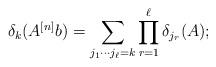
LaTeX: \begin{align*} \delta_k(A^{[n]}b) = \sum_{j_1\cdots j_\ell=k} \prod_{r=1}^\ell \delta_{j_r}(A); \end{align*}